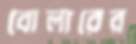
বোলারের